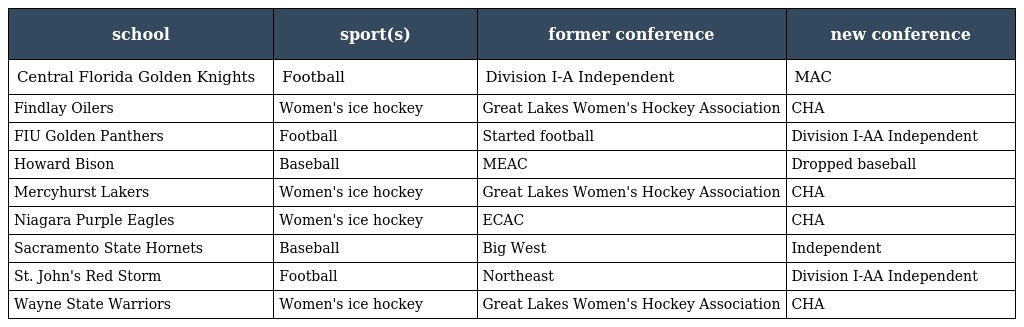
| school | sport(s) | former conference | new conference |
 | --- | --- | --- | --- |
 | Central Florida Golden Knights | Football | Division I-A Independent | MAC |
 | Findlay Oilers | Women's ice hockey | Great Lakes Women's Hockey Association | CHA |
 | FIU Golden Panthers | Football | Started football | Division I-AA Independent |
 | Howard Bison | Baseball | MEAC | Dropped baseball |
 | Mercyhurst Lakers | Women's ice hockey | Great Lakes Women's Hockey Association | CHA |
 | Niagara Purple Eagles | Women's ice hockey | ECAC | CHA |
 | Sacramento State Hornets | Baseball | Big West | Independent |
 | St. John's Red Storm | Football | Northeast | Division I-AA Independent |
 | Wayne State Warriors | Women's ice hockey | Great Lakes Women's Hockey Association | CHA |